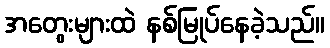
အတွေးများထဲ နစ်မြုပ်နေခဲ့သည်။